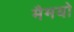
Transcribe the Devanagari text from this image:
मैमयो